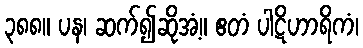
၃၈၈။ ပန၊ ဆက်၍ဆိုအံ့။ ဧတံ ပါဋိဟာရိကံ၊